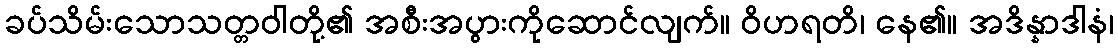
ခပ်သိမ်းသောသတ္တဝါတို့၏ အစီးအပွားကိုဆောင်လျက်။ ဝိဟရတိ၊ နေ၏။ အဒိန္နာဒါနံ၊